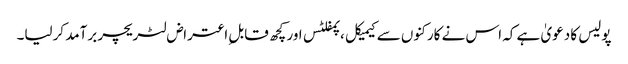
پولیس کا دعویٰ ہے کہ اس نے کارکنوں سے کیمیکل ،پمفلٹس اور کچھ قابل ِاعتراض لٹریچر برآمد کرلیا۔